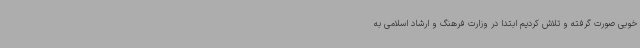
خوبی صورت گرفته و تلاش کردیم ابتدا در وزارت فرهنگ و ارشاد اسلامی به